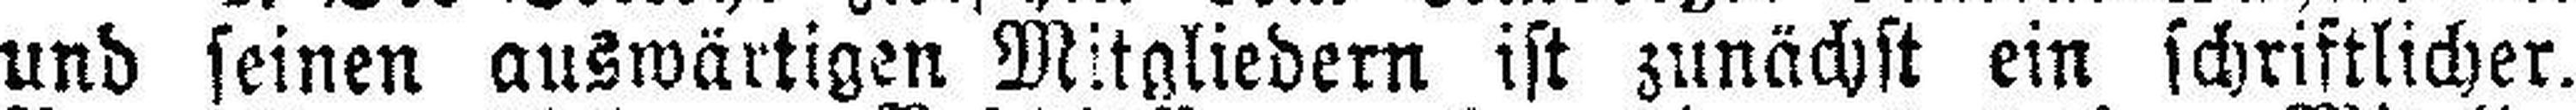
und seinen auswärtigen Mitgliedern ist zunächst ein schriftlicher.